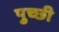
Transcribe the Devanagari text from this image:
पुच्छी